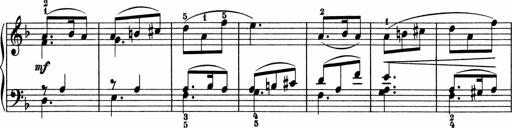
Title: 5 Sonatinen fÃ¼r die Jugend
Composer: Carl Reinecke